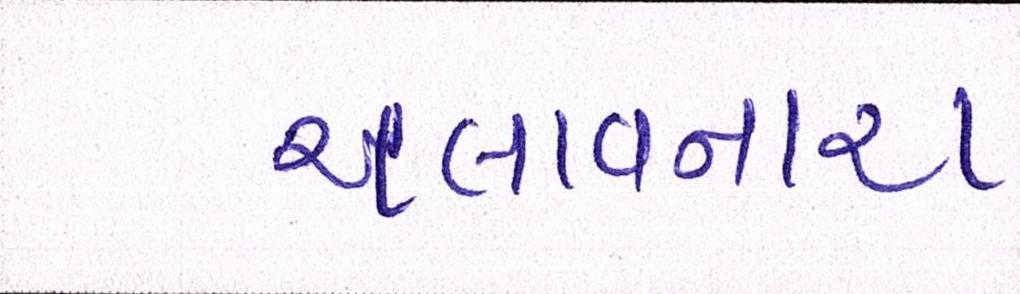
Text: ચલાવનાર